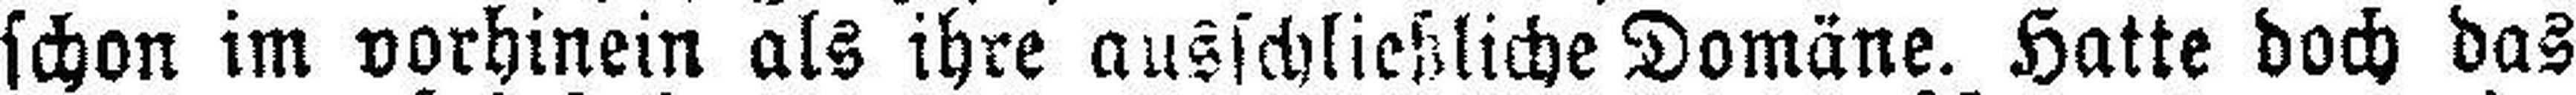
schon im vorhinein als ihre ausschließliche Domäne. Hatte doch das